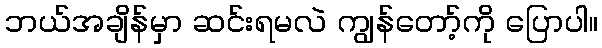
ဘယ်အချိန်မှာ ဆင်းရမလဲ ကျွန်တော့်ကို ပြောပါ။